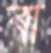
বা